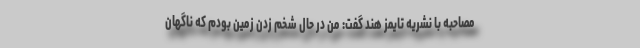
مصاحبه با نشریه تایمز هند گفت: من در حال شخم زدن زمین بودم که ناگهان